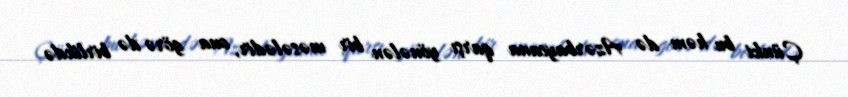
Çünki bu həm də Azərbaycana qarşı yönələn bir məsələdir, ona görə də birlikdə